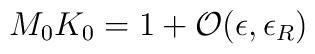
M_0 K_0 = 1+{\cal O}(\epsilon,\epsilon_R)